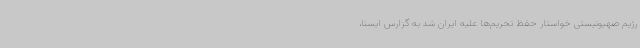
رژیم صهیونیستی خواستار حفظ تحریم‌ها علیه ایران شد به گزارس ایسنا،